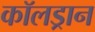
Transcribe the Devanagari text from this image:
कॉलड्रान